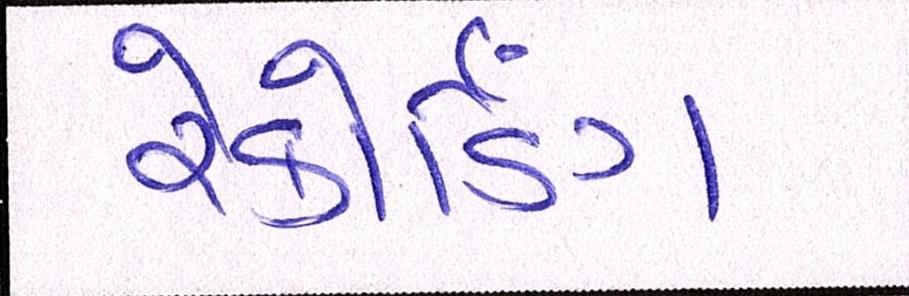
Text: રેકોર્ડિંગ